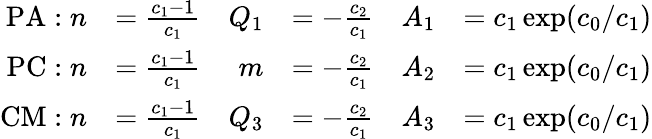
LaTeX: \begin{array}{rlrlrl}{\mathrm{PA}:n}&{=\frac{c_{1}-1}{c_{1}}}&{Q_{1}}&{=-\frac{c_{2}}{c_{1}}}&{A_{1}}&{=c_{1}\exp(c_{0}/c_{1})}\\ {\mathrm{PC}:n}&{=\frac{c_{1}-1}{c_{1}}}&{m}&{=-\frac{c_{2}}{c_{1}}}&{A_{2}}&{=c_{1}\exp(c_{0}/c_{1})}\\ {\mathrm{CM}:n}&{=\frac{c_{1}-1}{c_{1}}}&{Q_{3}}&{=-\frac{c_{2}}{c_{1}}}&{A_{3}}&{=c_{1}\exp(c_{0}/c_{1})}\end{array}